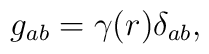
g_{ab}=\gamma(r)\delta_{ab},